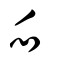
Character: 𠂢